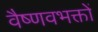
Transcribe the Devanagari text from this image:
वैष्णवभक्तों